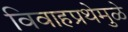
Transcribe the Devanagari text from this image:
विवाहप्रथेमुळे